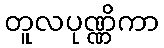
တူလပုဏ္ဏိကာ